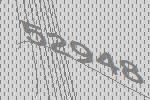
52948